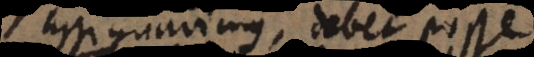
assignavimus, debet posse